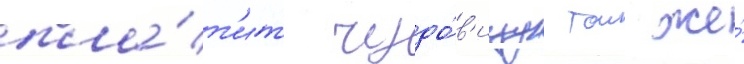
пла́т'ит чудо́в'ищу тои же́